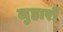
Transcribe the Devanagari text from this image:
लुहारों